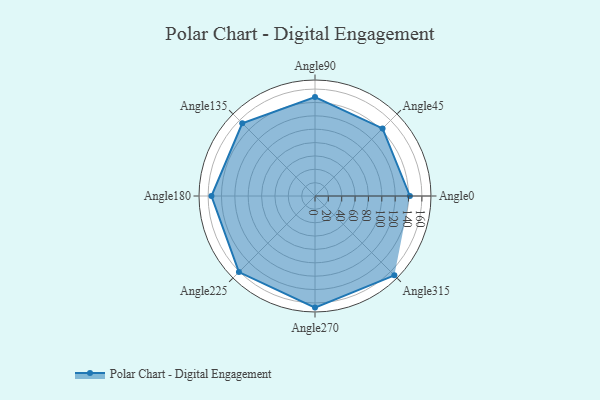
{"axis": {"x": "Angle", "y": "Radius"}, "legend": [""], "data": [{"x": "Angle0", "y": 142.0, "type": ""}, {"x": "Angle45", "y": 143.0, "type": ""}, {"x": "Angle90", "y": 148.0, "type": ""}, {"x": "Angle135", "y": 154.0, "type": ""}, {"x": "Angle180", "y": 155.0, "type": ""}, {"x": "Angle225", "y": 161.0, "type": ""}, {"x": "Angle270", "y": 167.0, "type": ""}, {"x": "Angle315", "y": 168.0, "type": ""}]}